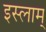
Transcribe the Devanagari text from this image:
इस्लाम्